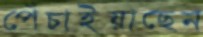
পেঁচাইয়াছেন